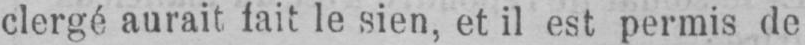
clergé aurait, fait le sien, et il est permis de